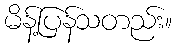
မိန့်ပြန်သတည်း။